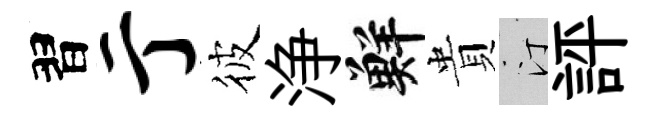
習亍彼浄鮮貴汀評